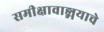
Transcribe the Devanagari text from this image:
समीक्षावाङ्मयाचे